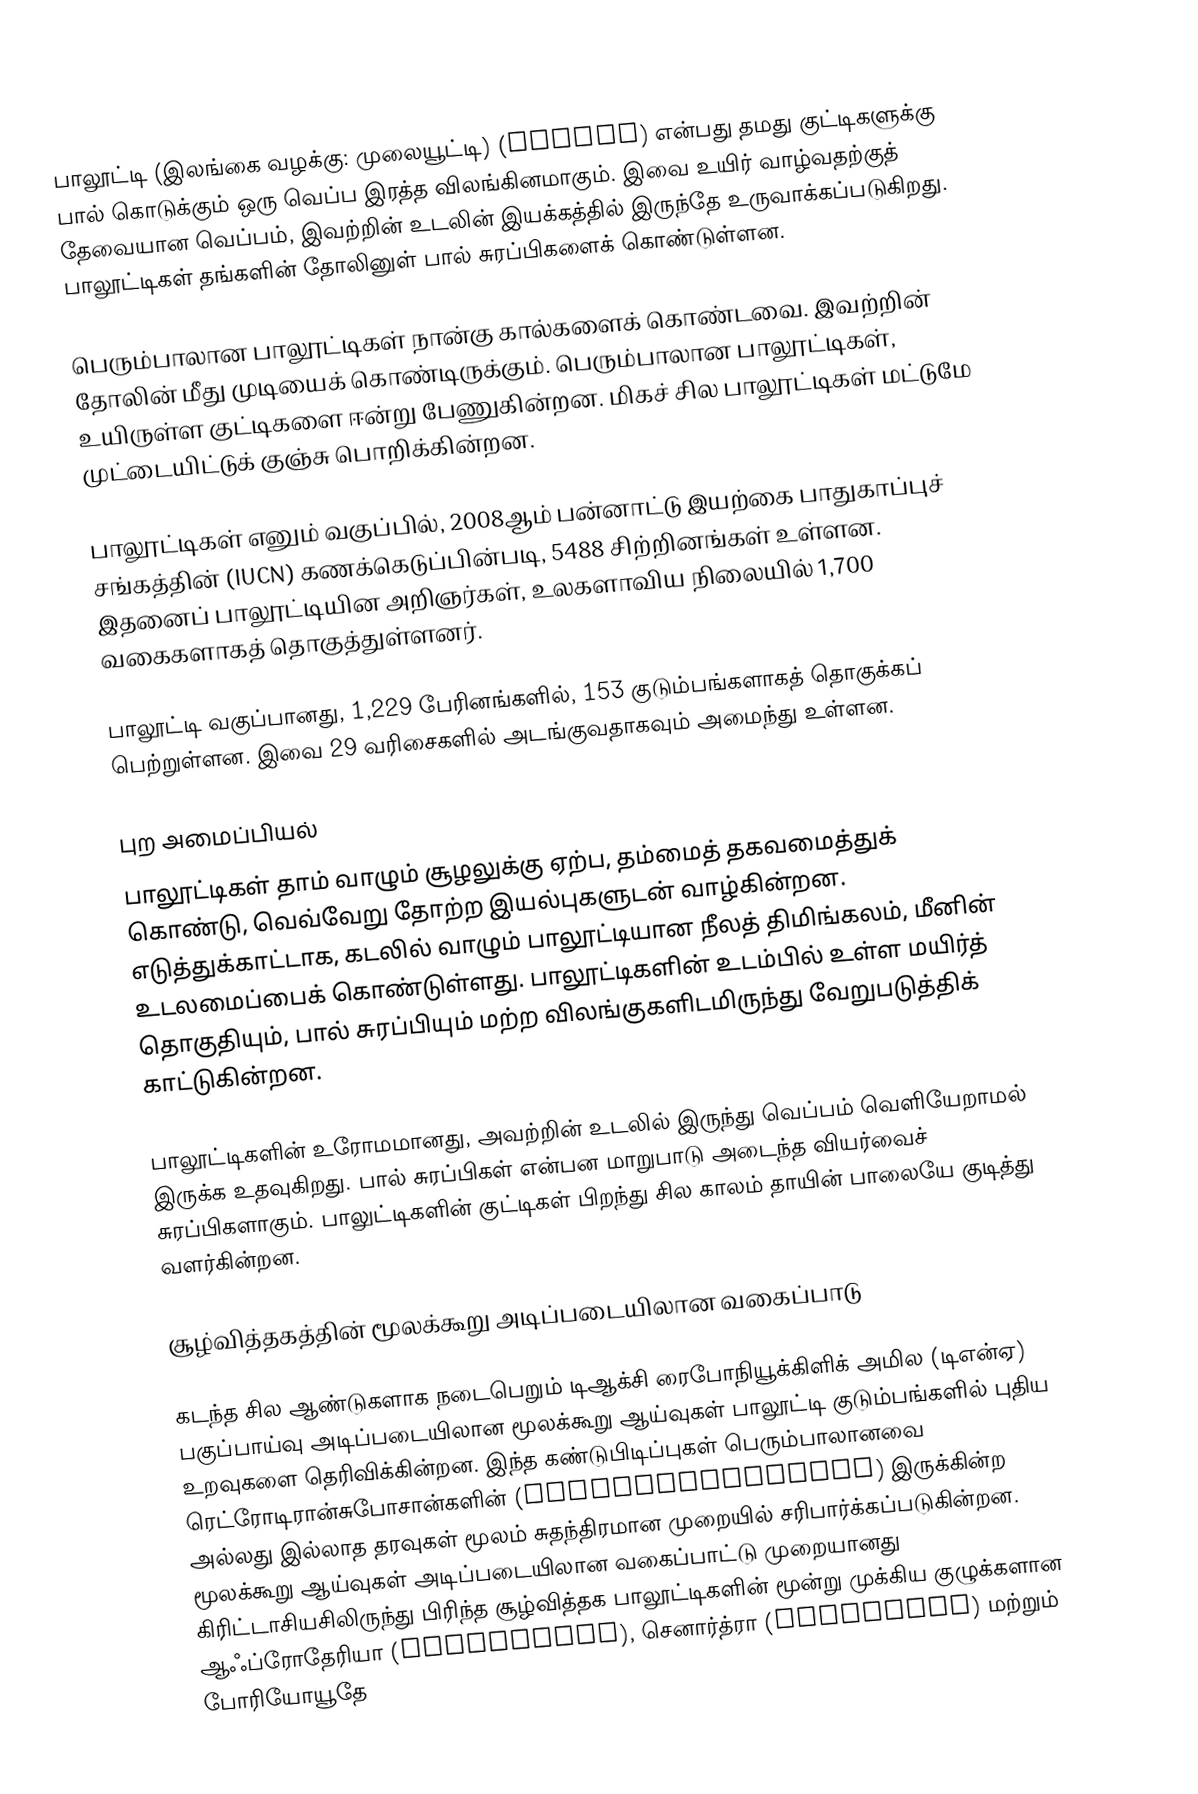
பாலூட்டி (இலங்கை வழக்கு: முலையூட்டி) (Mammal) என்பது தமது குட்டிகளுக்கு பால் கொடுக்கும் ஒரு வெப்ப இரத்த விலங்கினமாகும். இவை உயிர் வாழ்வதற்குத் தேவையான வெப்பம், இவற்றின் உடலின் இயக்கத்தில் இருந்தே உருவாக்கப்படுகிறது. பாலூட்டிகள் தங்களின் தோலினுள் பால் சுரப்பிகளைக் கொண்டுள்ளன.

பெரும்பாலான பாலூட்டிகள் நான்கு கால்களைக் கொண்டவை. இவற்றின் தோலின் மீது முடியைக் கொண்டிருக்கும். பெரும்பாலான பாலூட்டிகள், உயிருள்ள குட்டிகளை ஈன்று பேணுகின்றன. மிகச் சில பாலூட்டிகள் மட்டுமே முட்டையிட்டுக் குஞ்சு பொறிக்கின்றன.

பாலூட்டிகள் எனும் வகுப்பில், 2008ஆம் பன்னாட்டு இயற்கை பாதுகாப்புச் சங்கத்தின் (IUCN) கணக்கெடுப்பின்படி, 5488 சிற்றினங்கள் உள்ளன. இதனைப் பாலூட்டியின அறிஞர்கள், உலகளாவிய நிலையில் 1,700 வகைகளாகத் தொகுத்துள்ளனர்.

பாலூட்டி வகுப்பானது, 1,229 பேரினங்களில், 153 குடும்பங்களாகத் தொகுக்கப் பெற்றுள்ளன. இவை 29 வரிசைகளில் அடங்குவதாகவும் அமைந்து உள்ளன.

புற அமைப்பியல்
பாலூட்டிகள் தாம் வாழும் சூழலுக்கு ஏற்ப, தம்மைத் தகவமைத்துக் கொண்டு, வெவ்வேறு தோற்ற இயல்புகளுடன் வாழ்கின்றன. எடுத்துக்காட்டாக, கடலில் வாழும் பாலூட்டியான நீலத் திமிங்கலம், மீனின் உடலமைப்பைக் கொண்டுள்ளது. பாலூட்டிகளின் உடம்பில் உள்ள மயிர்த் தொகுதியும், பால் சுரப்பியும் மற்ற விலங்குகளிடமிருந்து வேறுபடுத்திக் காட்டுகின்றன.

பாலூட்டிகளின் உரோமமானது, அவற்றின் உடலில் இருந்து வெப்பம் வெளியேறாமல் இருக்க உதவுகிறது. பால் சுரப்பிகள் என்பன மாறுபாடு அடைந்த வியர்வைச் சுரப்பிகளாகும். பாலுட்டிகளின் குட்டிகள் பிறந்து சில காலம் தாயின் பாலையே குடித்து வளர்கின்றன.

சூழ்வித்தகத்தின் மூலக்கூறு அடிப்படையிலான வகைப்பாடு

கடந்த சில ஆண்டுகளாக நடைபெறும்  டிஆக்சி ரைபோநியூக்கிளிக் அமில (டிஎன்ஏ) பகுப்பாய்வு அடிப்படையிலான மூலக்கூறு ஆய்வுகள் பாலூட்டி குடும்பங்களில் புதிய உறவுகளை தெரிவிக்கின்றன. இந்த கண்டுபிடிப்புகள் பெரும்பாலானவை ரெட்ரோடிரான்சுபோசான்களின் (Retrotransposons) இருக்கின்ற அல்லது  இல்லாத தரவுகள் மூலம் சுதந்திரமான முறையில் சரிபார்க்கப்படுகின்றன. மூலக்கூறு ஆய்வுகள் அடிப்படையிலான வகைப்பாட்டு முறையானது  கிரிட்டாசியசிலிருந்து பிரிந்த சூழ்வித்தக பாலூட்டிகளின் மூன்று முக்கிய குழுக்களான ஆஃப்ரோதேரியா (Afrotheria), செனார்த்ரா (Xenarthra) மற்றும் போரியோயூதே